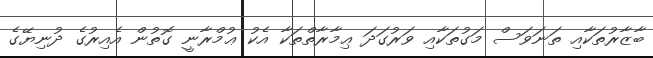
ބާޒާރުތަކާއި ތަނަވަސް މަގުތަކާއި ވަރުގަދަ ޢިމާރާތްތަކާ އެކު ޢުމްރާނީ ގޮތުން އެއިރުގެ ދުނިޔޭގެ